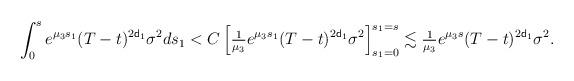
LaTeX: \begin{align*} \int_0^s e^{\mu_3s_1} (T-t)^{2{\sf d}_1} \sigma^2 ds_1 < C \left[ \tfrac{1}{\mu_3} e^{\mu_3s_1} (T-t)^{2{\sf d}_1} \sigma^2 \right]_{s_1=0}^{s_1=s} \lesssim \tfrac{1}{\mu_3} e^{\mu_3s} (T-t)^{2{\sf d}_1} \sigma^2. \end{align*}